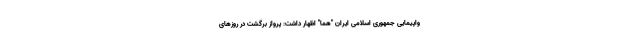
واپیمایی جمهوری اسلامی ایران "هما" اظهار داشت: پرواز برگشت در روزهای